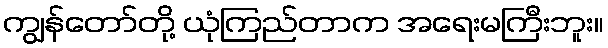
ကျွန်တော်တို့ ယုံကြည်တာက အရေးမကြီးဘူး။